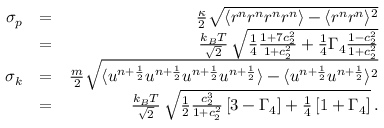
\begin{array} { r l r } { \sigma _ { p } } & { = } & { \frac { \kappa } { 2 } \sqrt { \langle r ^ { n } r ^ { n } r ^ { n } r ^ { n } \rangle - \langle r ^ { n } r ^ { n } \rangle ^ { 2 } } } \\ & { = } & { \frac { k _ { B } T } { \sqrt { 2 } } \, \sqrt { \frac { 1 } { 4 } \frac { 1 + 7 c _ { 2 } ^ { 2 } } { 1 + c _ { 2 } ^ { 2 } } + \frac { 1 } { 4 } \Gamma _ { 4 } \frac { 1 - c _ { 2 } ^ { 2 } } { 1 + c _ { 2 } ^ { 2 } } } } \\ { \sigma _ { k } } & { = } & { \frac { m } { 2 } \sqrt { \langle u ^ { n + \frac { 1 } { 2 } } u ^ { n + \frac { 1 } { 2 } } u ^ { n + \frac { 1 } { 2 } } u ^ { n + \frac { 1 } { 2 } } \rangle - \langle u ^ { n + \frac { 1 } { 2 } } u ^ { n + \frac { 1 } { 2 } } \rangle ^ { 2 } } } \\ & { = } & { \frac { k _ { B } T } { \sqrt { 2 } } \, \sqrt { \frac { 1 } { 2 } \frac { c _ { 2 } ^ { 3 } } { 1 + c _ { 2 } ^ { 2 } } \left[ 3 - \Gamma _ { 4 } \right] + \frac { 1 } { 4 } \left[ 1 + \Gamma _ { 4 } \right] } \, . } \end{array}